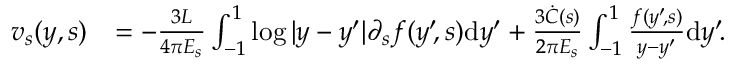
\begin{array} { r l } { v _ { s } ( y , s ) } & { = - \frac { 3 L } { 4 \pi E _ { s } } \int _ { - 1 } ^ { 1 } \log | y - y ^ { \prime } | \partial _ { s } f ( y ^ { \prime } \! , s ) \mathrm { d } y ^ { \prime } + \frac { 3 \dot { C } ( s ) } { 2 \pi E _ { s } } \int _ { - 1 } ^ { 1 } \frac { f ( y ^ { \prime } \! , s ) } { y - y ^ { \prime } } \mathrm { d } y ^ { \prime } \! . } \end{array}